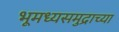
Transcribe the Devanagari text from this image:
भूमध्यसमुद्राच्या